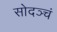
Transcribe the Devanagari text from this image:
सोदञ्चं